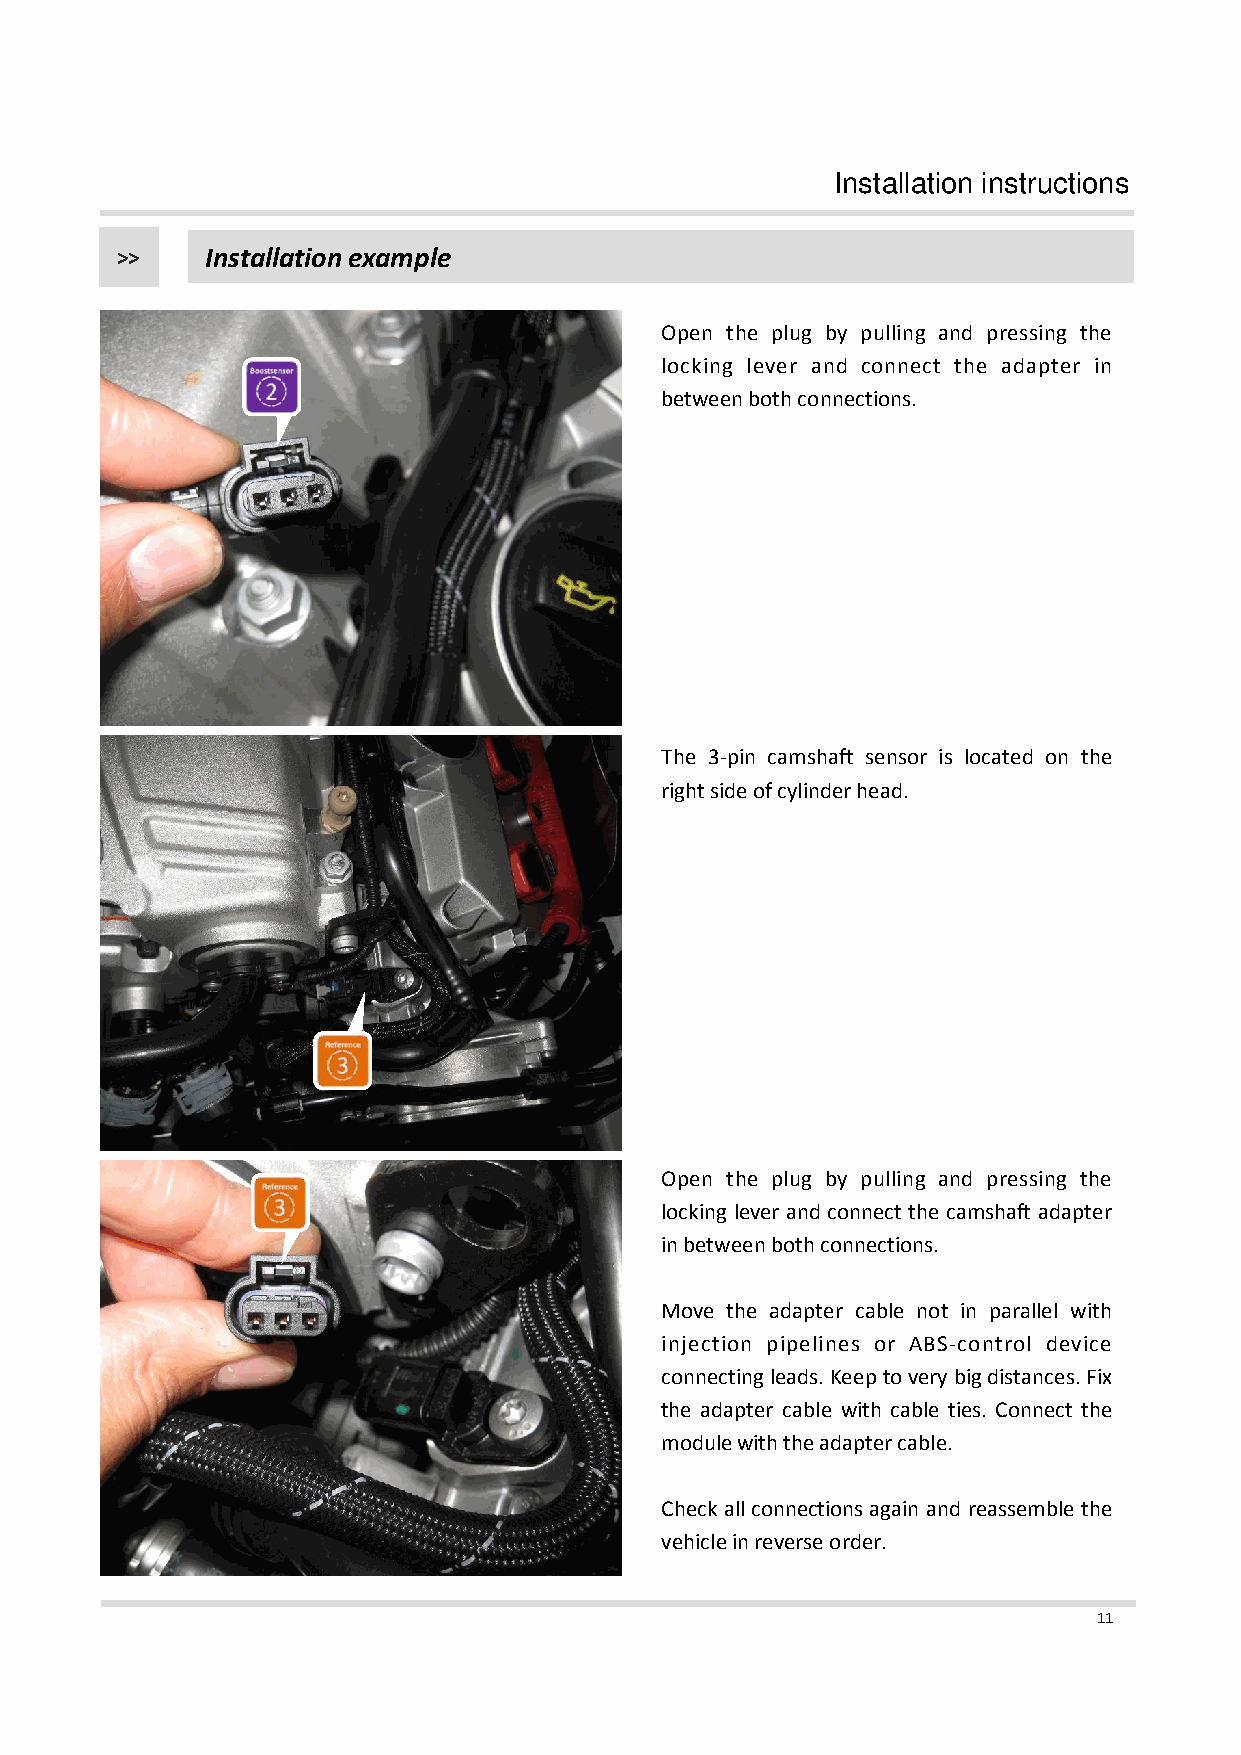
Installation instructions
 >>    Installation example
 Open the plug by pulling and pressing the
 locking lever and connect the adapter in
 between both connections.
 The 3-pin camshaft sensor is located on the
 right side of cylinder head.
 Open the plug by pulling and pressing the
 locking lever and connect the camshaft adapter
 in between both connections.
 Move the adapter cable not in parallel with
 injection pipelines or ABS-control device
 connectingleads.Keeptoverybigdistances.Fix
 the adapter cable with cable ties. Connect the
 module with the adapter cable.
 Check allconnections again and reassemble the
 vehicle in reverse order.
 11